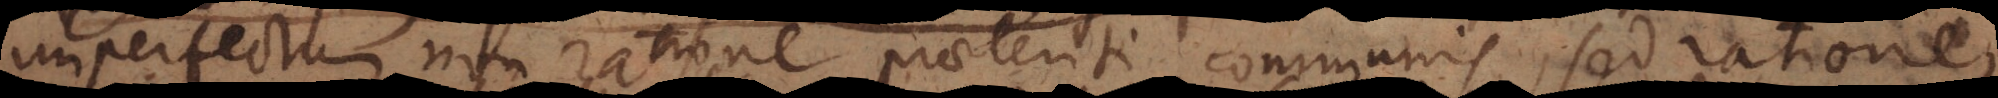
imperfectum non ratione praeteriti communis, sed ratione